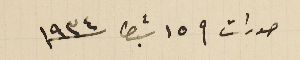
صورات فى ١٥ شباط سنة ١٩٣٤